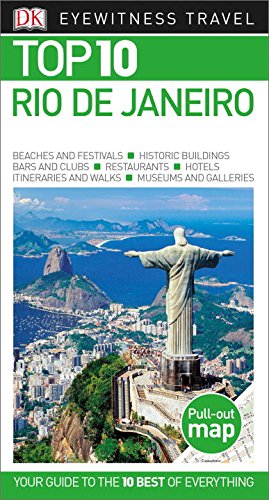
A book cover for Top 10 Rio de Janeiro (Eyewitness Top 10 Travel Guide); DK Publishing; Travel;